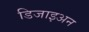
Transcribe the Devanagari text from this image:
डिजाइअन